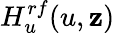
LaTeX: H_{u}^{rf}(u,\mathbf{z})